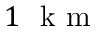
1 ~ \mathrm { ~ k ~ m ~ }